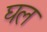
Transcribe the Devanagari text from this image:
घल